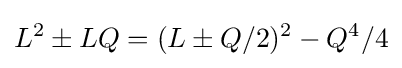
L^{2}\pm LQ=(L\pm Q/2)^{2}-Q^{4}/4